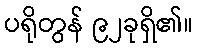
ပရိုတွန် ၉၂ခုရှိ၏။